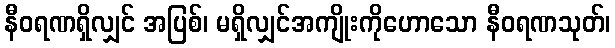
နီဝရဏရှိလျှင် အပြစ်၊ မရှိလျှင်အကျိုးကိုဟောသော နီဝရဏသုတ်၊